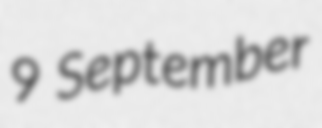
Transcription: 9 September